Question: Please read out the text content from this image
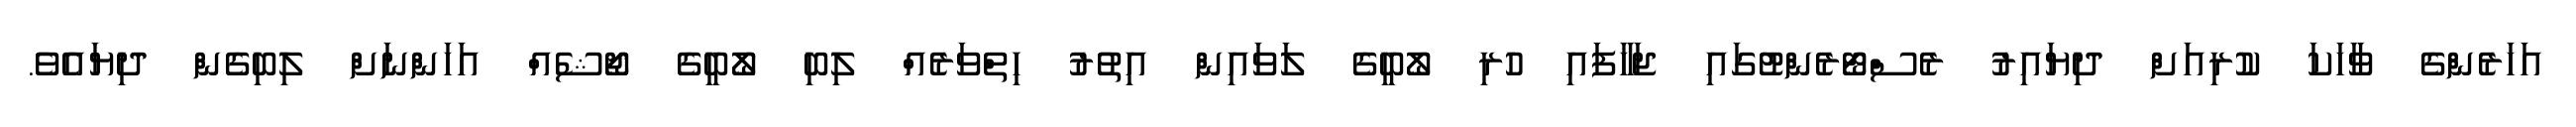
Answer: އަހަރެންގެ ވާހަކަ ކުރިއަށް ދިޔައިރު ރެސްޓޯރެންޓުގައި ޖަހާފައި ހުރި ލޯބީގެ ލަވައިން އިތުރު ހިތްވަރެއް ލިބި ލޯބީގެ ޖޯޝެއް އަހަންނަށް ލިބިގެން ދިޔައެވެ.